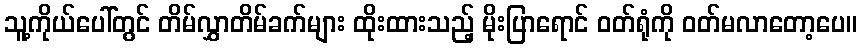
သူ့ကိုယ်ပေါ်တွင် တိမ်လွှာတိမ်ခက်များ ထိုးထားသည့် မိုးပြာရောင် ဝတ်ရုံကို ဝတ်မလာတော့ပေ။